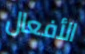
الأفعال